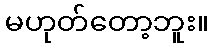
မဟုတ်တော့ဘူး။